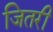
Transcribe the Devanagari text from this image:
जितरी